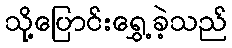
သို့ပြောင်းရွှေ့ခဲ့သည်